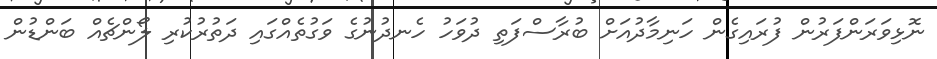
ނޮޅިވަރަންފަރުން ފުރައިގެން ހަނިމާދުއަށް ބުރާސްފަތި ދުވަހު ހެނދުނުގެ ވަގުތެއްގައި ދަތުރުކުރި ލޯންޗެއް ބަންޑުން